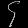
Digit: ၄